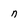
Character: n